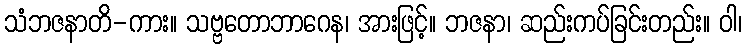
သံဘဇနာတိ-ကား။ သဗ္ဗတောဘာဂေန၊ အားဖြင့်။ ဘဇနာ၊ ဆည်းကပ်ခြင်းတည်း။ ဝါ၊